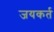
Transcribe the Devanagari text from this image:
जयकर्त